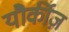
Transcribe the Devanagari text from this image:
यौर्कीज़